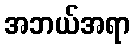
အဘယ်အရာ